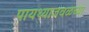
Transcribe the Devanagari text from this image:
पायथ्याजवळच्या